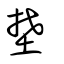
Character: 埜